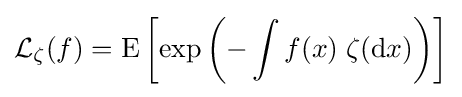
{\mathcal {L}}_{\zeta }(f)=\operatorname {E} \left[\exp \left(-\int f(x)\;\zeta (\mathrm {d} x)\right)\right]